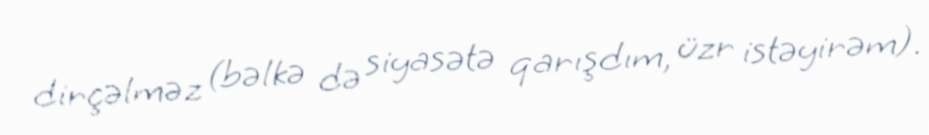
dirçəlməz (bəlkə də siyasətə qarışdım, üzr istəyirəm).